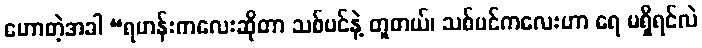
ဟောတဲ့အခါ “ရဟန်းကလေးဆိုတာ သစ်ပင်နဲ့ တူတယ်၊ သစ်ပင်ကလေးဟာ ရေ မရှိရင်လဲ